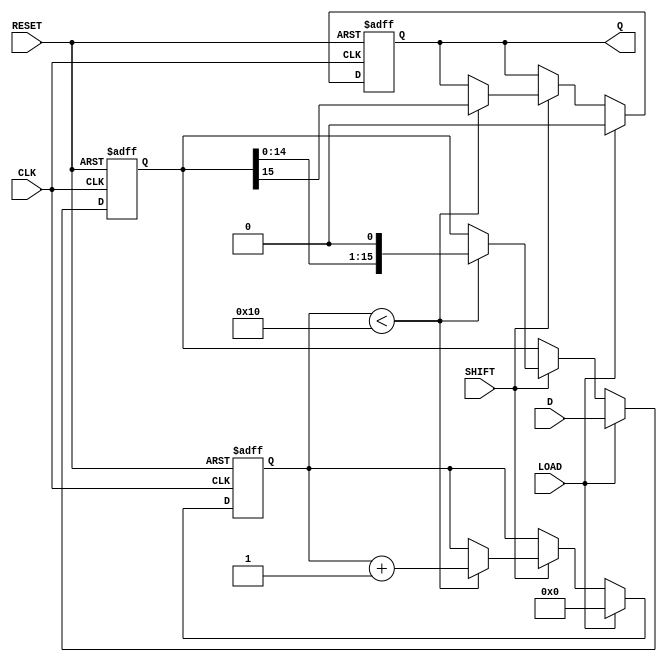
module PISO_Register (
    input wire [15:0] D,      // 16-bit data input
    input wire LOAD,          // Load control signal
    input wire SHIFT,         // Shift control signal
    input wire CLK,           // Clock signal
    input wire RESET,         // Asynchronous reset signal
    output reg Q              // Serial output
);

    reg [15:0] shift_reg;     // Internal shift register to hold data
    reg [4:0] bit_count;      // Counter for the number of bits shifted out

    always @(posedge CLK or posedge RESET) begin
        if (RESET) begin
            shift_reg <= 16'b0; // Clear the register on reset
            Q <= 1'b0;          // Clear the output
            bit_count <= 5'b0;  // Reset bit counter
        end else begin
            if (LOAD) begin
                shift_reg <= D;  // Load data into the shift register
                Q <= 1'b0;       // Output remains unchanged during load
                bit_count <= 5'b0; // Reset bit counter
            end else if (SHIFT) begin
                if (bit_count < 16) begin
                    Q <= shift_reg[15]; // Output the MSB
                    shift_reg <= {shift_reg[14:0], 1'b0}; // Shift left
                    bit_count <= bit_count + 1; // Increment bit counter
                end
            end
        end
    end

endmodule